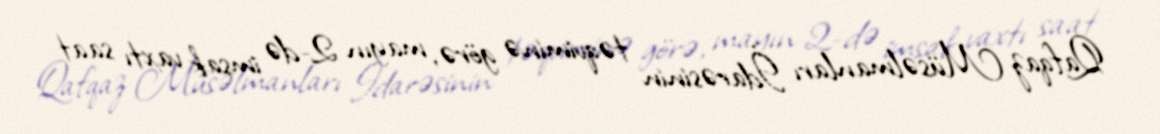
Qafqaz Müsəlmanları İdarəsinin təqviminə görə, mayın 2-də imsak vaxtı saat